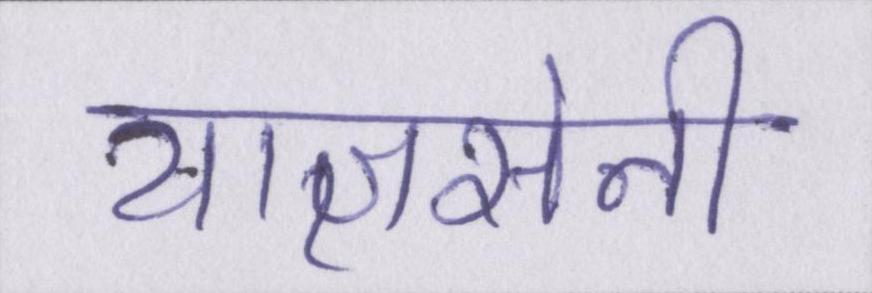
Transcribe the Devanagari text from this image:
याज्ञसेनी